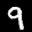
Label: 9